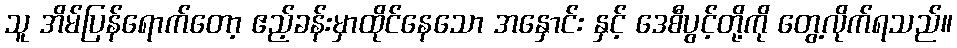
သူ အိမ်ပြန်ရောက်တော့ ဧည့်ခန်းမှာထိုင်နေသော အနှောင်း နှင့် ဒေစီပွင့်တို့ကို တွေ့လိုက်ရသည်။